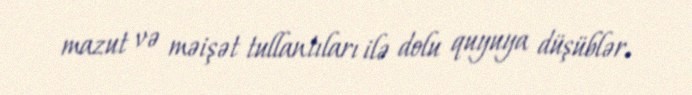
mazut və məişət tullantıları ilə dolu quyuya düşüblər.